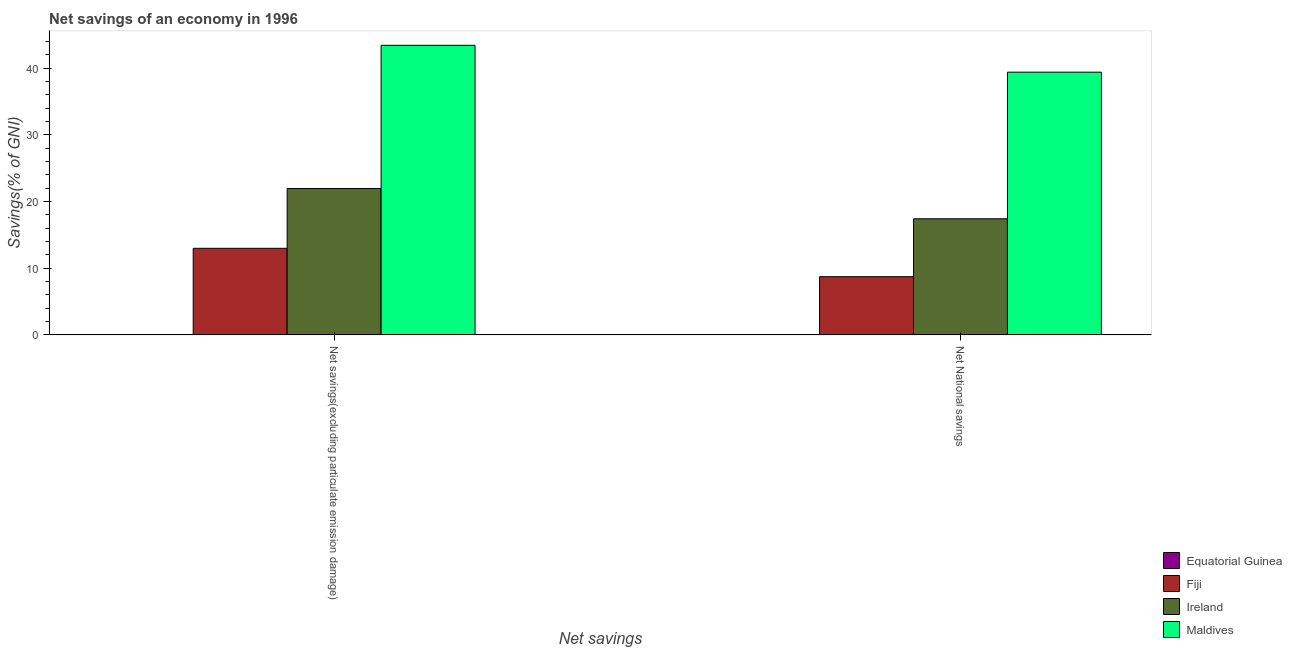
| Net savings | Equatorial Guinea | Fiji | Ireland | Maldives |
 | --- | --- | --- | --- | --- |
 | Net savings(excluding particulate emission damage) | -240 | 13 | 21.9 | 43.4 |
 | Net National savings | -185 | 8.72 | 17.4 | 39.4 |